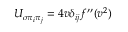
U _ { \sigma \pi _ { i } \pi _ { j } } = 4 v \delta _ { i j } f ^ { \prime \prime } ( v ^ { 2 } )